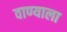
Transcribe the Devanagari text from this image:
वाण्याला